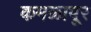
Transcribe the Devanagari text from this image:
कमळापूर